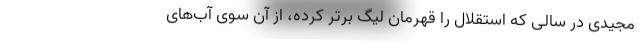
مجیدی در سالی که استقلال را قهرمان لیگ برتر کرده، از آن سوی آب‌های